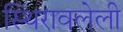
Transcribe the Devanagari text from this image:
स्थिरावलेली